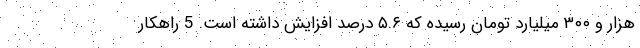
هزار و ۳۰۰ میلیارد تومان رسیده که ۵.۶ درصد افزایش داشته است. 5 راهکار